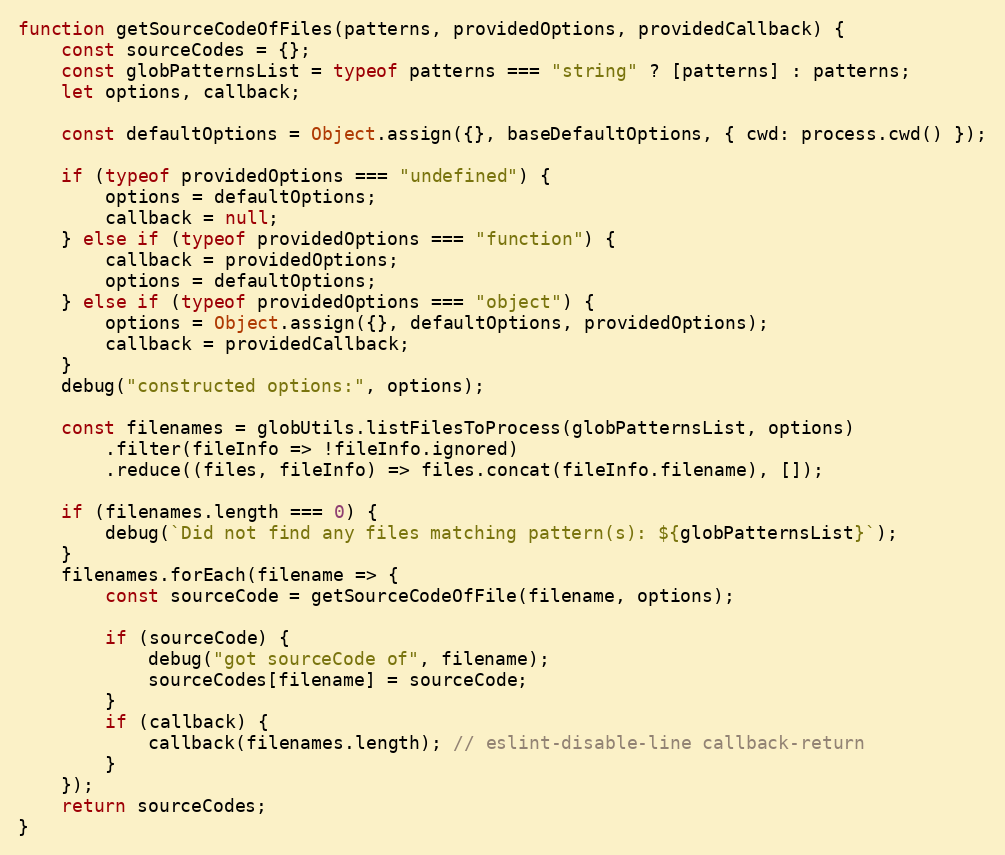
Language: JavaScript
function getSourceCodeOfFiles(patterns, providedOptions, providedCallback) {
    const sourceCodes = {};
    const globPatternsList = typeof patterns === "string" ? [patterns] : patterns;
    let options, callback;

    const defaultOptions = Object.assign({}, baseDefaultOptions, { cwd: process.cwd() });

    if (typeof providedOptions === "undefined") {
        options = defaultOptions;
        callback = null;
    } else if (typeof providedOptions === "function") {
        callback = providedOptions;
        options = defaultOptions;
    } else if (typeof providedOptions === "object") {
        options = Object.assign({}, defaultOptions, providedOptions);
        callback = providedCallback;
    }
    debug("constructed options:", options);

    const filenames = globUtils.listFilesToProcess(globPatternsList, options)
        .filter(fileInfo => !fileInfo.ignored)
        .reduce((files, fileInfo) => files.concat(fileInfo.filename), []);

    if (filenames.length === 0) {
        debug(`Did not find any files matching pattern(s): ${globPatternsList}`);
    }
    filenames.forEach(filename => {
        const sourceCode = getSourceCodeOfFile(filename, options);

        if (sourceCode) {
            debug("got sourceCode of", filename);
            sourceCodes[filename] = sourceCode;
        }
        if (callback) {
            callback(filenames.length); // eslint-disable-line callback-return
        }
    });
    return sourceCodes;
}